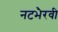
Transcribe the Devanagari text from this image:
नटभैरवी